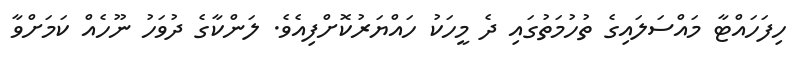
ހިފަހައްޓާ މައްސަލައިގެ ތުހުމަތުގައި ދެ މީހަކު ހައްޔަރުކޮށްފިއެވެ. ލަންކާގެ ދުވަހު ނޫހެއް ކަމަށްވާ